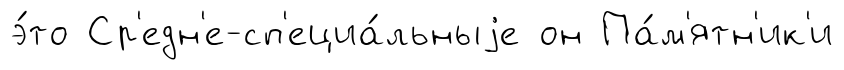
э́то Ср'едн'е-сп'ециа́льныjе он Па́м'ятн'ик'и